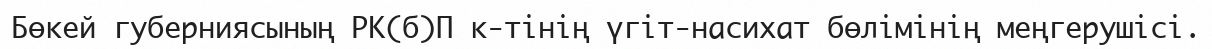
Бөкей губерниясының РК(б)П к-тінің үгіт-насихат бөлімінің меңгерушісі.